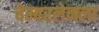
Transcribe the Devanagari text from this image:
चेम्बरलेनला